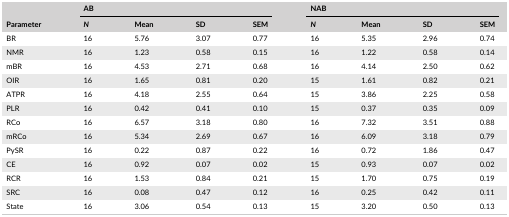
<table><thead><tr><td></td><td colspan="4"><b>AB</b></td><td colspan="4"><b>NAB</b></td></tr><tr><td><b>Parameter</b></td><td><b><i>N</i></b></td><td><b>Mean</b></td><td><b>SD</b></td><td><b>SEM</b></td><td><b><i>N</i></b></td><td><b>Mean</b></td><td><b>SD</b></td><td><b>SEM</b></td></tr></thead><tbody><tr><td>BR</td><td>16</td><td>5.76</td><td>3.07</td><td>0.77</td><td>16</td><td>5.35</td><td>2.96</td><td>0.74</td></tr><tr><td>NMR</td><td>16</td><td>1.23</td><td>0.58</td><td>0.15</td><td>16</td><td>1.22</td><td>0.58</td><td>0.14</td></tr><tr><td>mBR</td><td>16</td><td>4.53</td><td>2.71</td><td>0.68</td><td>16</td><td>4.14</td><td>2.50</td><td>0.62</td></tr><tr><td>OIR</td><td>16</td><td>1.65</td><td>0.81</td><td>0.20</td><td>15</td><td>1.61</td><td>0.82</td><td>0.21</td></tr><tr><td>ATPR</td><td>16</td><td>4.18</td><td>2.55</td><td>0.64</td><td>15</td><td>3.86</td><td>2.25</td><td>0.58</td></tr><tr><td>PLR</td><td>16</td><td>0.42</td><td>0.41</td><td>0.10</td><td>15</td><td>0.37</td><td>0.35</td><td>0.09</td></tr><tr><td>RCo</td><td>16</td><td>6.57</td><td>3.18</td><td>0.80</td><td>16</td><td>7.32</td><td>3.51</td><td>0.88</td></tr><tr><td>mRCo</td><td>16</td><td>5.34</td><td>2.69</td><td>0.67</td><td>16</td><td>6.09</td><td>3.18</td><td>0.79</td></tr><tr><td>PySR</td><td>16</td><td>0.22</td><td>0.87</td><td>0.22</td><td>16</td><td>0.72</td><td>1.86</td><td>0.47</td></tr><tr><td>CE</td><td>16</td><td>0.92</td><td>0.07</td><td>0.02</td><td>15</td><td>0.93</td><td>0.07</td><td>0.02</td></tr><tr><td>RCR</td><td>16</td><td>1.53</td><td>0.84</td><td>0.21</td><td>15</td><td>1.70</td><td>0.75</td><td>0.19</td></tr><tr><td>SRC</td><td>16</td><td>0.08</td><td>0.47</td><td>0.12</td><td>16</td><td>0.25</td><td>0.42</td><td>0.11</td></tr><tr><td>State</td><td>16</td><td>3.06</td><td>0.54</td><td>0.13</td><td>15</td><td>3.20</td><td>0.50</td><td>0.13</td></tr></tbody></table>